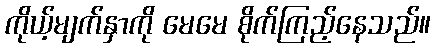
ကိုယ့်မျက်နှာကို မေမေ စိုက်ကြည့်နေသည်။